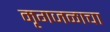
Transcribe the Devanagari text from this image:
मृगजळाचा